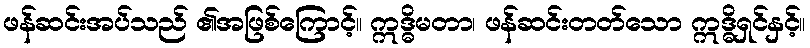
ဖန်ဆင်းအပ်သည် ၏အဖြစ်ကြောင့်။ ဣဒ္ဓိမတာ၊ ဖန်ဆင်းတတ်သော ဣဒ္ဓိရှင်နှင့်။